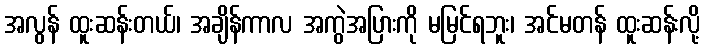
အလွန် ထူးဆန်းတယ်၊ အချိန်ကာလ အကွဲအပြားကို မမြင်ရဘူး၊ အင်မတန် ထူးဆန်းလို့